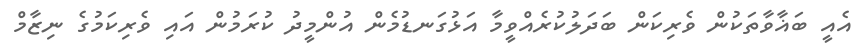
އެއީ ބަޣާވާތަކުން ވެރިކަން ބަދަލުކުރެއްވީމާ އަޅުގަނޑުމެން އުންމީދު ކުރަމުން އައި ވެރިކަމުގެ ނިޒާމް